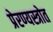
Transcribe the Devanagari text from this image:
प्रेरण्यस्त्रोत